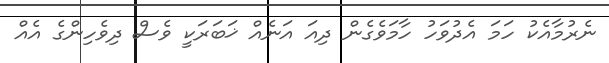
ނެރުމާއެކު ހަމަ އެދުވަހު ހާމަވެގެން ދިއަ އަނެއް ޚަބަރަކީ ވެސް ދިވެހިންގެ އެއް